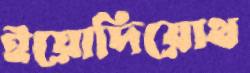
ইয়োদিয়োথ